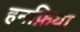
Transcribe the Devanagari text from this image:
हनफ़िया